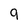
Character: 9